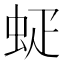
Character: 𰲷